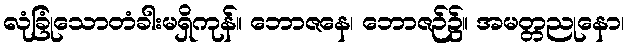
လုံခြုံသောတံခါးမရှိကုန်။ ဘောဇနေ၊ ဘောဇဉ်၌။ အမတ္တညုနော၊